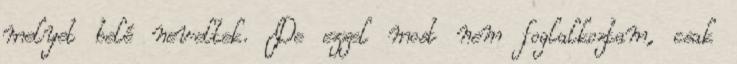
melyet belé neveltek. De ezzel most nem foglalkoztam, csak